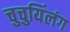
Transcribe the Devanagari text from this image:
चुचुयिंलंग